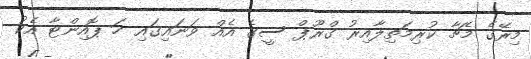
މިރޭގެ މެޗާ ކުރިމަތިލާއިރު ގްރޫޕް ސީގެ އެއް ވަނައިގައި ހަ ޕޮއިންޓާ އެކު